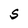
Character: S